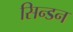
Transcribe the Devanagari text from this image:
सिन्डन